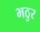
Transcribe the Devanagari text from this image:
भठुर